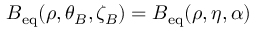
B _ { \mathrm { e q } } ( \rho , \theta _ { B } , \zeta _ { B } ) = B _ { \mathrm { e q } } ( \rho , \eta , \alpha )